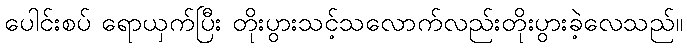
ပေါင်းစပ် ရောယှက်ပြီး တိုးပွားသင့်သလောက်လည်းတိုးပွားခဲ့လေသည်။